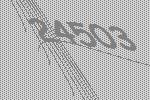
24503